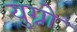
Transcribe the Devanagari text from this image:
युग्नो